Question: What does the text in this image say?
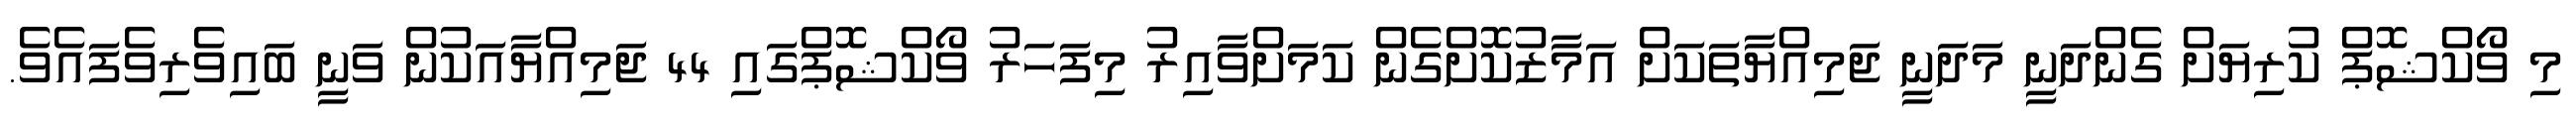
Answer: މި ވޯކްޝޮޕް ކުރިޔަށް ގެންދަނީ މަދަނީ ޖަމިއްޔާތަކަށް އަމާޒުކޮށްގެން ކަމަށްވާއިރު މިފަހަރު ވޯކްޝޮޕްގައި 44 ޖަމިއްޔާއަކުން ވަނީ ބައިވެރިވެފައެވެ.